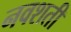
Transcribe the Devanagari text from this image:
नवशती